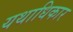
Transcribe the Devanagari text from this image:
यथाधिकार